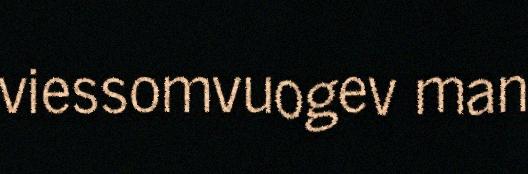
viessomvuogev man